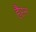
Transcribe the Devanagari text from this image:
हैंप्टन